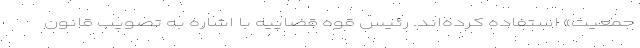
جمعیت» استفاده کرده‌اند. رئیس قوه قضاییه با اشاره به تصویب قانون